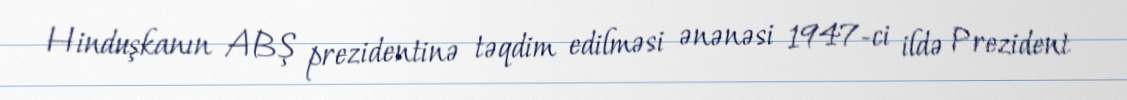
Hinduşkanın ABŞ prezidentinə təqdim edilməsi ənənəsi 1947-ci ildə Prezident